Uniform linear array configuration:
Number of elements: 12
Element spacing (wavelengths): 0.75
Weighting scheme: kaiser
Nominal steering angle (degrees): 0
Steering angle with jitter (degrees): -0.6873
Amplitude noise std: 0.05
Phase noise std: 0.05

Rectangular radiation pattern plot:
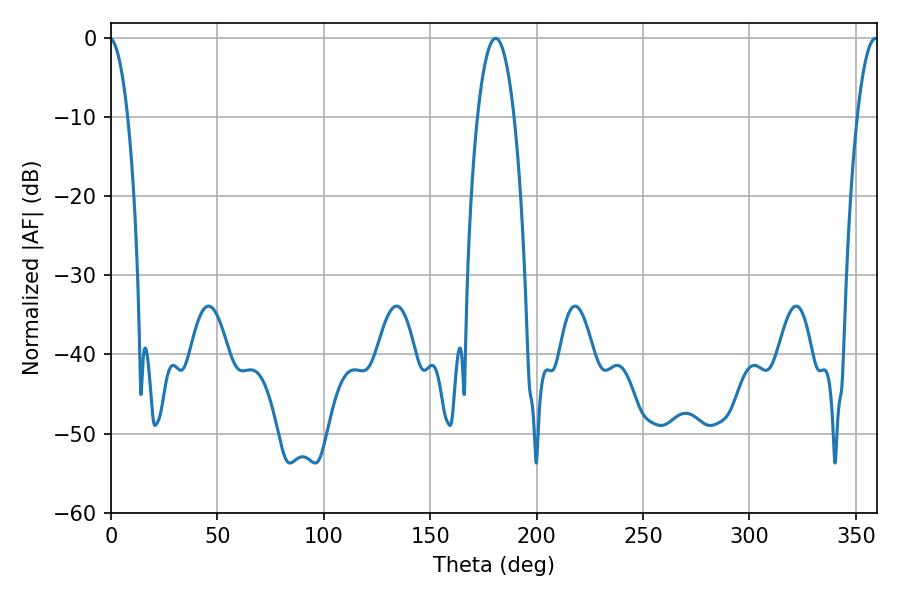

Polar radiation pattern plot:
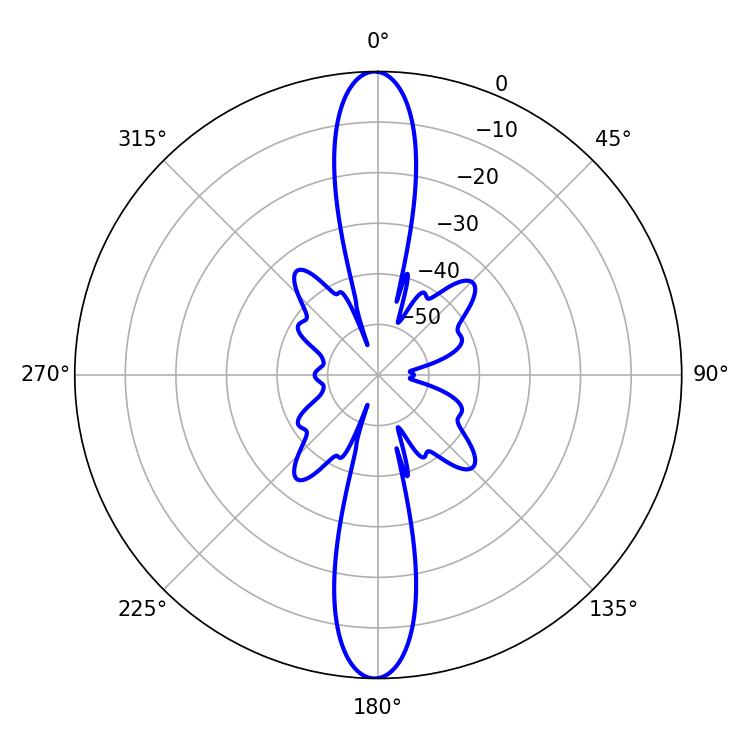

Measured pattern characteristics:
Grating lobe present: TRUE
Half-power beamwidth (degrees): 9.54
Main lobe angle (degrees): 180.72